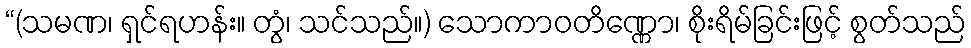
“(သမဏ၊ ရှင်ရဟန်း။ တွံ၊ သင်သည်။) သောကာဝတိဏ္ဏော၊ စိုးရိမ်ခြင်းဖြင့် စွတ်သည်